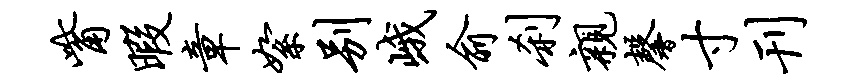
觜暇章絮别峨俞刹亲馨寸刊